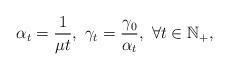
LaTeX: \begin{align*}\alpha_t=\frac{1}{\mu t},~\gamma_t=\frac{\gamma_0}{\alpha_t},~\forall t\in\mathbb{N}_+,\end{align*}